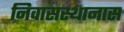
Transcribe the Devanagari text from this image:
निवासस्थानास